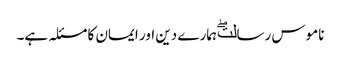
ناموس رسالتۖ ہمارے دین اور ایمان کا مسئلہ ہے۔